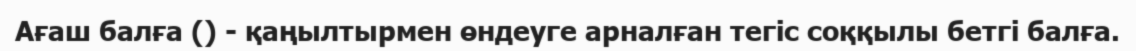
Ағаш балғa () - қаңылтырмен өндеуге арналған тегіс соққылы бетгі балға.